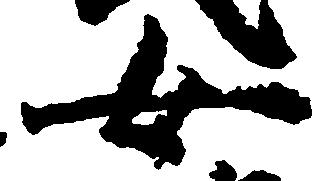
女